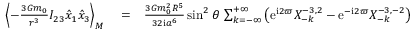
\begin{array} { r l r } { \left\langle - \frac { 3 { \cal G } m _ { 0 } } { r ^ { 3 } } I _ { 2 3 } \hat { x } _ { 1 } \hat { x } _ { 3 } \right\rangle _ { M } } & { { } = } & { \frac { 3 { \cal G } m _ { 0 } ^ { 2 } R ^ { 5 } } { 3 2 \mathrm { i } a ^ { 6 } } \sin ^ { 2 } \theta \, \sum _ { k = - \infty } ^ { + \infty } \left( \mathrm { e } ^ { \mathrm { i } 2 \varpi } X _ { - k } ^ { - 3 , 2 } - \mathrm { e } ^ { - \mathrm { i } 2 \varpi } X _ { - k } ^ { - 3 , - 2 } \right) } \end{array}